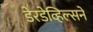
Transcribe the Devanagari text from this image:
डेरडेव्हिल्सने